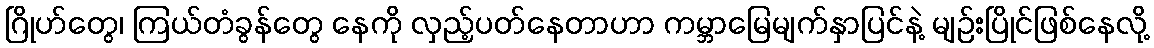
ဂြိုဟ်တွေ၊ ကြယ်တံခွန်တွေ နေကို လှည့်ပတ်နေတာဟာ ကမ္ဘာမြေမျက်နှာပြင်နဲ့ မျဉ်းပြိုင်ဖြစ်နေလို့